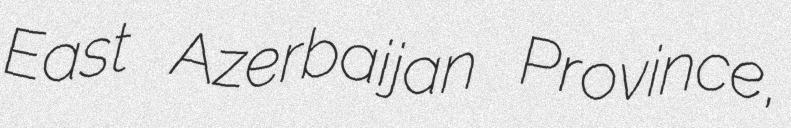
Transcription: East Azerbaijan Province,